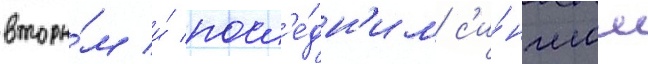
вторы́м и́ посл'е́дн'им с'и́нглом